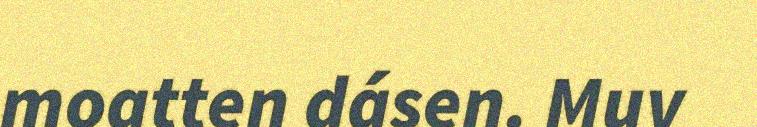
moatten dásen. Muv